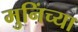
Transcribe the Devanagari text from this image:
मुनिंच्या